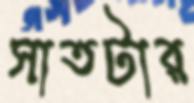
সাতটার